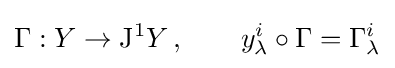
\Gamma :Y\to \mathrm {J} ^{1}Y\,,\qquad y_{\lambda }^{i}\circ \Gamma =\Gamma _{\lambda }^{i}